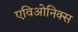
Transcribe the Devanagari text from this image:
एविओनिक्स